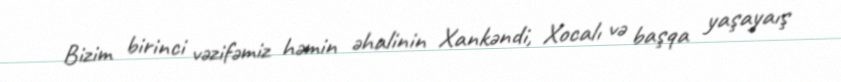
Bizim birinci vəzifəmiz həmin əhalinin Xankəndi, Xocalı və başqa yaşayaış